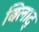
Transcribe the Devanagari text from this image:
बिलाद्